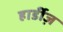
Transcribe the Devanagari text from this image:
हार्डीज़